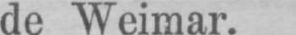
de Weimar.